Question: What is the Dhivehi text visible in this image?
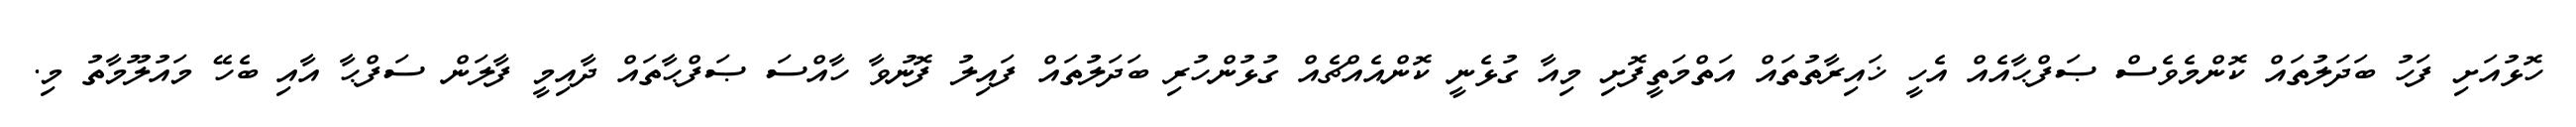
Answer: ހޮޅުއަށި ފަހު ބަދަލުތައް ކޮންމެވެސް ޞަފްޙާއެއް އެހީ ޚައިރާތުތައް އަތްމަތީފޮށި މިއާ ގުޅެނީ ކޮންއެއްޗެއް ގުޅުންހުރި ބަދަލުތައް ފައިލު ފޮނުވާ ހާއްސަ ޞަފްޙާތައް ދާއިމީ ފާލަން ސަފްޙާ އާއި ބެހޭ މައުލޫމާތު މި.